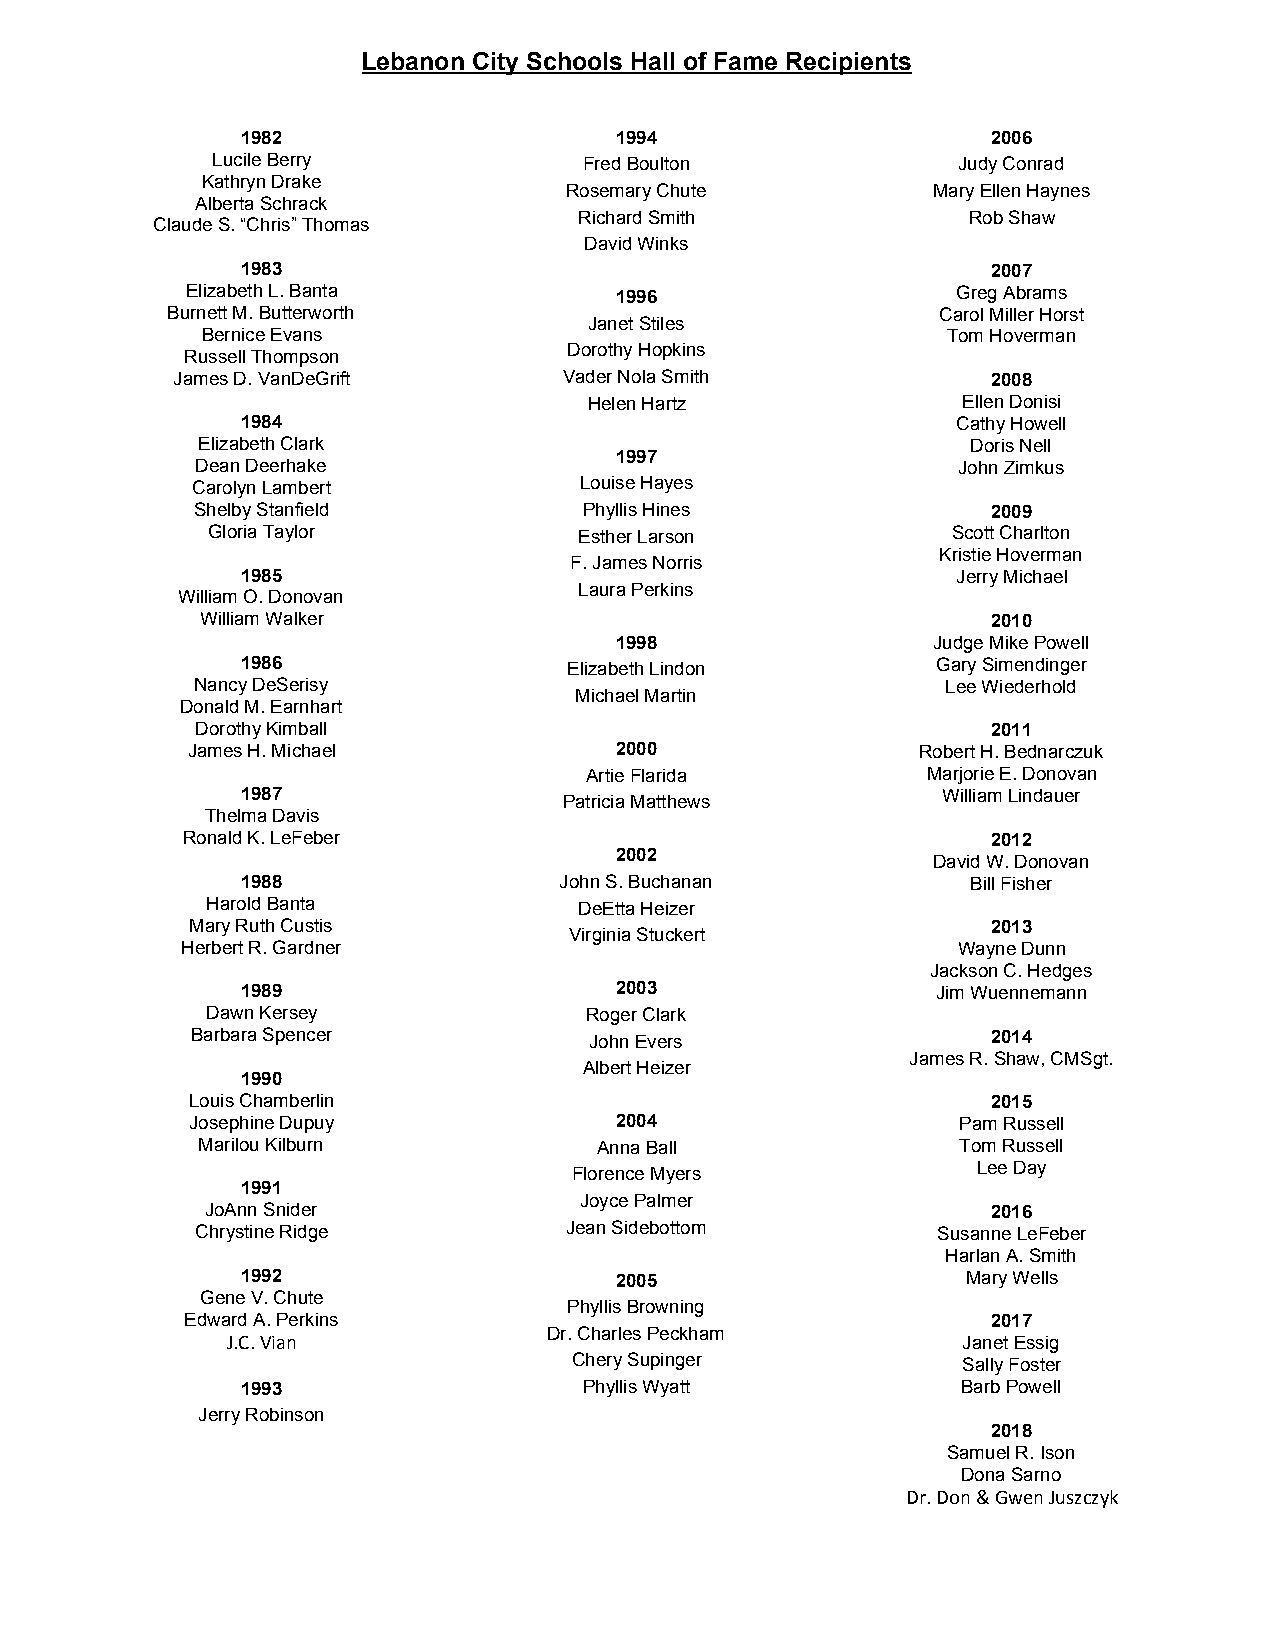
Lebanon City Schools Hall of Fame Recipients
 1982                     1994                     2006
 Lucile Berry             Fred Boulton            Judy Conrad
 Kathryn Drake
 Rosemary Chute           Mary Ellen Haynes
 Alberta Schrack
 Richard Smith             Rob Shaw
 Claude S. “Chris” Thomas
 David Winks
 1983                                              2007
 Elizabeth L. Banta           1996                  Greg Abrams
 Burnett M. Butterworth                             Carol Miller Horst
 Janet Stiles
 Bernice Evans                                     Tom Hoverman
 Russell Thompson          Dorothy Hopkins
 James D. VanDeGrift       Vader Nola Smith             2008
 Helen Hartz              Ellen Donisi
 1984                                           Cathy Howell
 Elizabeth Clark                                    Doris Nell
 1997
 Dean Deerhake                                     John Zimkus
 Carolyn Lambert          Louise Hayes
 Shelby Stanfield          Phyllis Hines              2009
 Gloria Taylor           Esther Larson            Scott Charlton
 Kristie Hoverman
 F. James Norris
 1985                                           Jerry Michael
 Laura Perkins
 William O. Donovan
 William Walker                                       2010
 1998                 Judge Mike Powell
 1986                  Elizabeth Lindon        Gary Simendinger
 Nancy DeSerisy                                    Lee Wiederhold
 Michael Martin
 Donald M. Earnhart
 Dorothy Kimball                                      2011
 James H. Michael             2000                Robert H. Bednarczuk
 Artie Flarida         Marjorie E. Donovan
 1987                 Patricia Matthews        William Lindauer
 Thelma Davis
 Ronald K. LeFeber                                     2012
 2002                 David W. Donovan
 1988                 John S. Buchanan           Bill Fisher
 Harold Banta            DeEtta Heizer
 Mary Ruth Custis                                     2013
 Virginia Stuckert
 Herbert R. Gardner                                 Wayne Dunn
 Jackson C. Hedges
 1989                     2003                 Jim Wuennemann
 Dawn Kersey              Roger Clark
 Barbara Spencer           John Evers                 2014
 James R. Shaw, CMSgt.
 Albert Heizer
 1990
 Louis Chamberlin                                     2015
 Josephine Dupuy             2004                   Pam Russell
 Marilou Kilburn            Anna Ball               Tom Russell
 Florence Myers             Lee Day
 1991
 Joyce Palmer
 JoAnn Snider                                        2016
 Chrystine Ridge         Jean Sidebottom          Susanne LeFeber
 Harlan A. Smith
 1992                     2005                   Mary Wells
 Gene V. Chute
 Phyllis Browning
 Edward A. Perkins                                     2017
 Dr. Charles Peckham
 J.C. Vian                                        Janet Essig
 Chery Supinger            Sally Foster
 1993                   Phyllis Wyatt            Barb Powell
 Jerry Robinson
 2018
 Samuel R. Ison
 Dona Sarno
 Dr. Don & Gwen Juszczyk